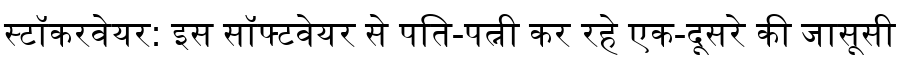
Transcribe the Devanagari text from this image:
स्टॉकरवेयर: इस सॉफ्टवेयर से पति-पत्नी कर रहे एक-दूसरे की जासूसी